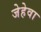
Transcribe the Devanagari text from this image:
जेहेवा